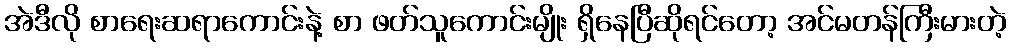
အဲဒီလို စာရေးဆရာကောင်းနဲ့ စာ ဖတ်သူကောင်းမျိုး ရှိနေပြီဆိုရင်တော့ အင်မတန်ကြီးမားတဲ့